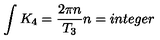
\int K _ { 4 } = { \frac { 2 \pi n } { T _ { 3 } } } n = i n t e g e r